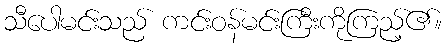
သီပေါမင်းသည် ကင်းဝန်မင်းကြီးကိုကြည့်၏။